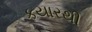
કયારથી